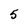
Character: 5